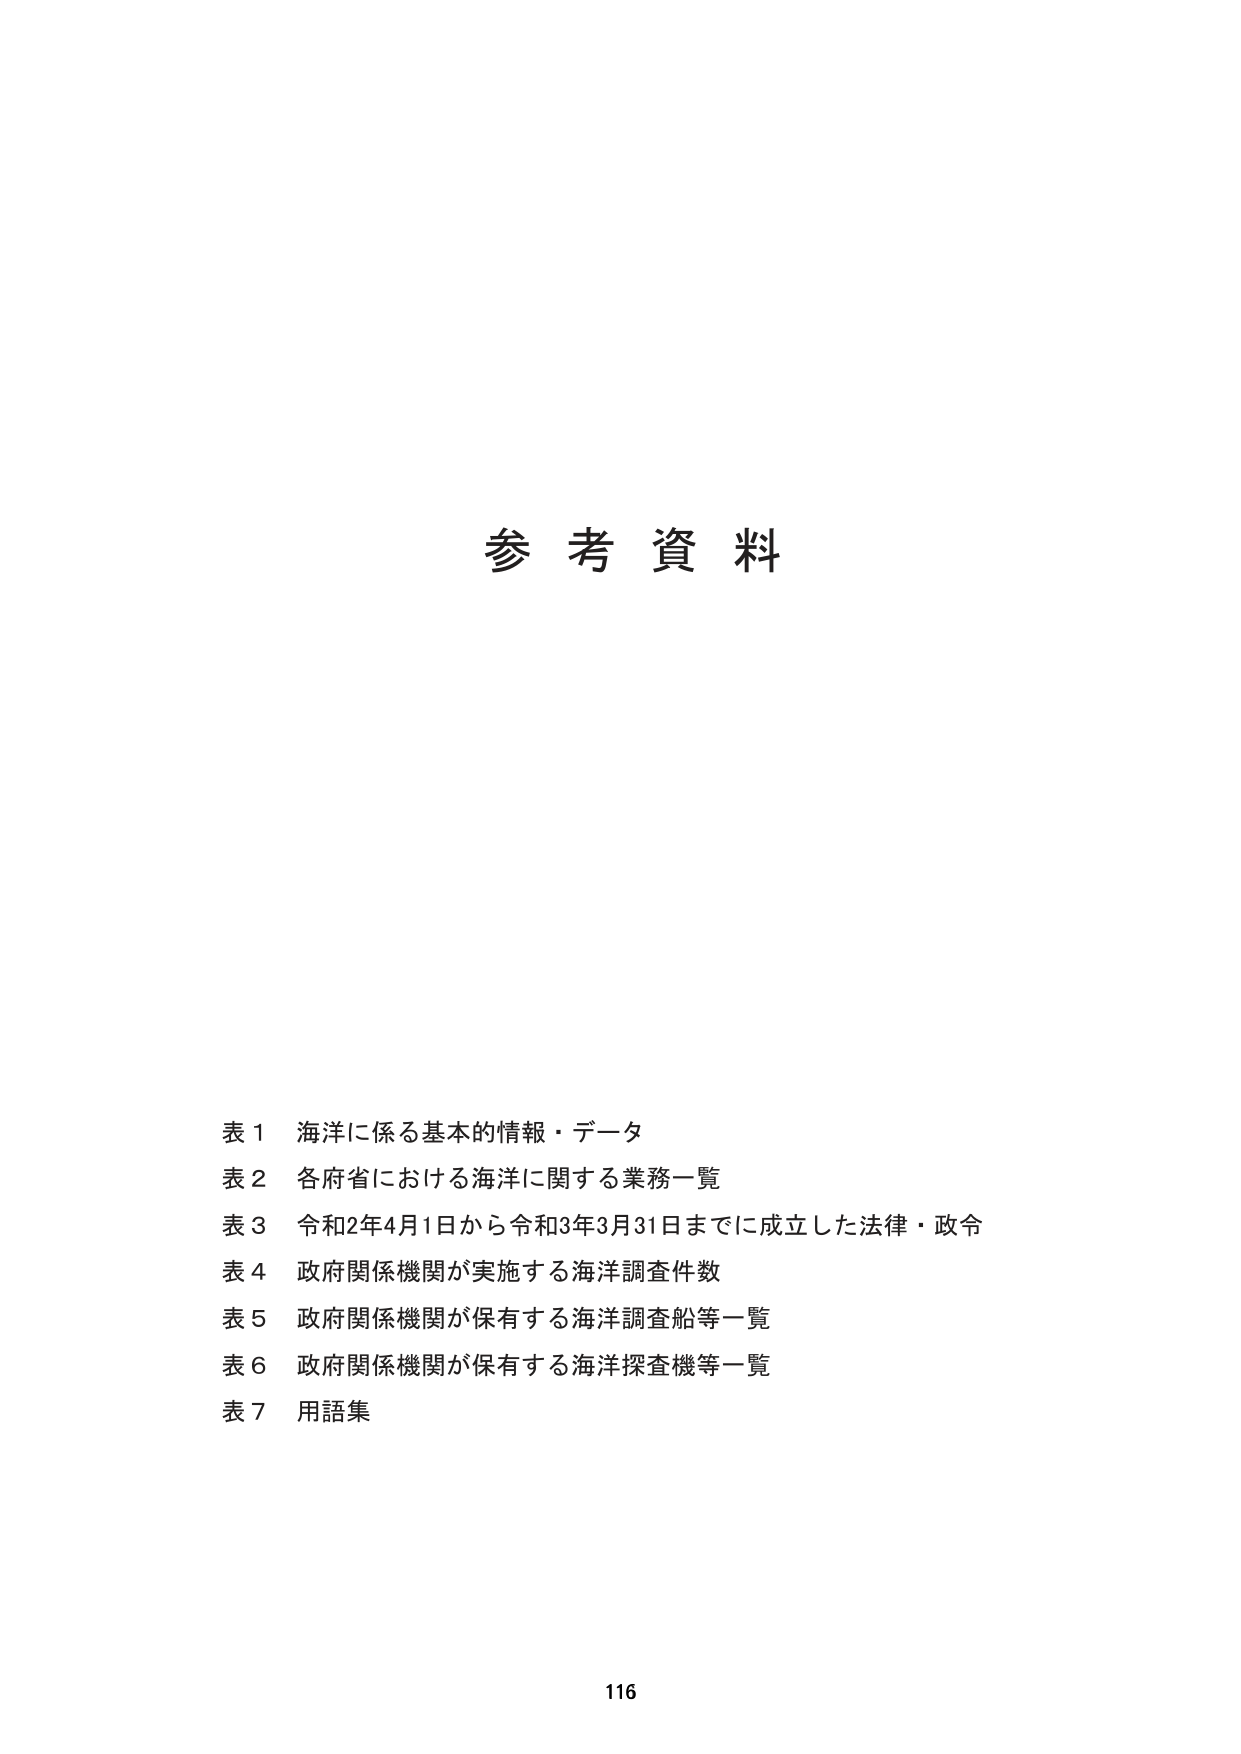
参考資料

表1 海洋に係る基本的情報・データ
表2 各府省における海洋に関する業務一覧
表3 令和2年4月1日から令和3年3月31日までに成立した法律・政令
表4 政府関係機関が実施する海洋調査件数
表5 政府関係機関が保有する海洋調査船等一覧
表6 政府関係機関が保有する海洋探査機等一覧
表7 用語集

116